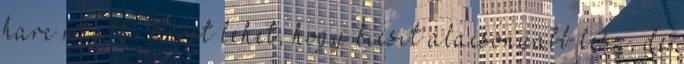
harc miatt. Most lehet, hogy kicsit alacsonyabb lesz, de